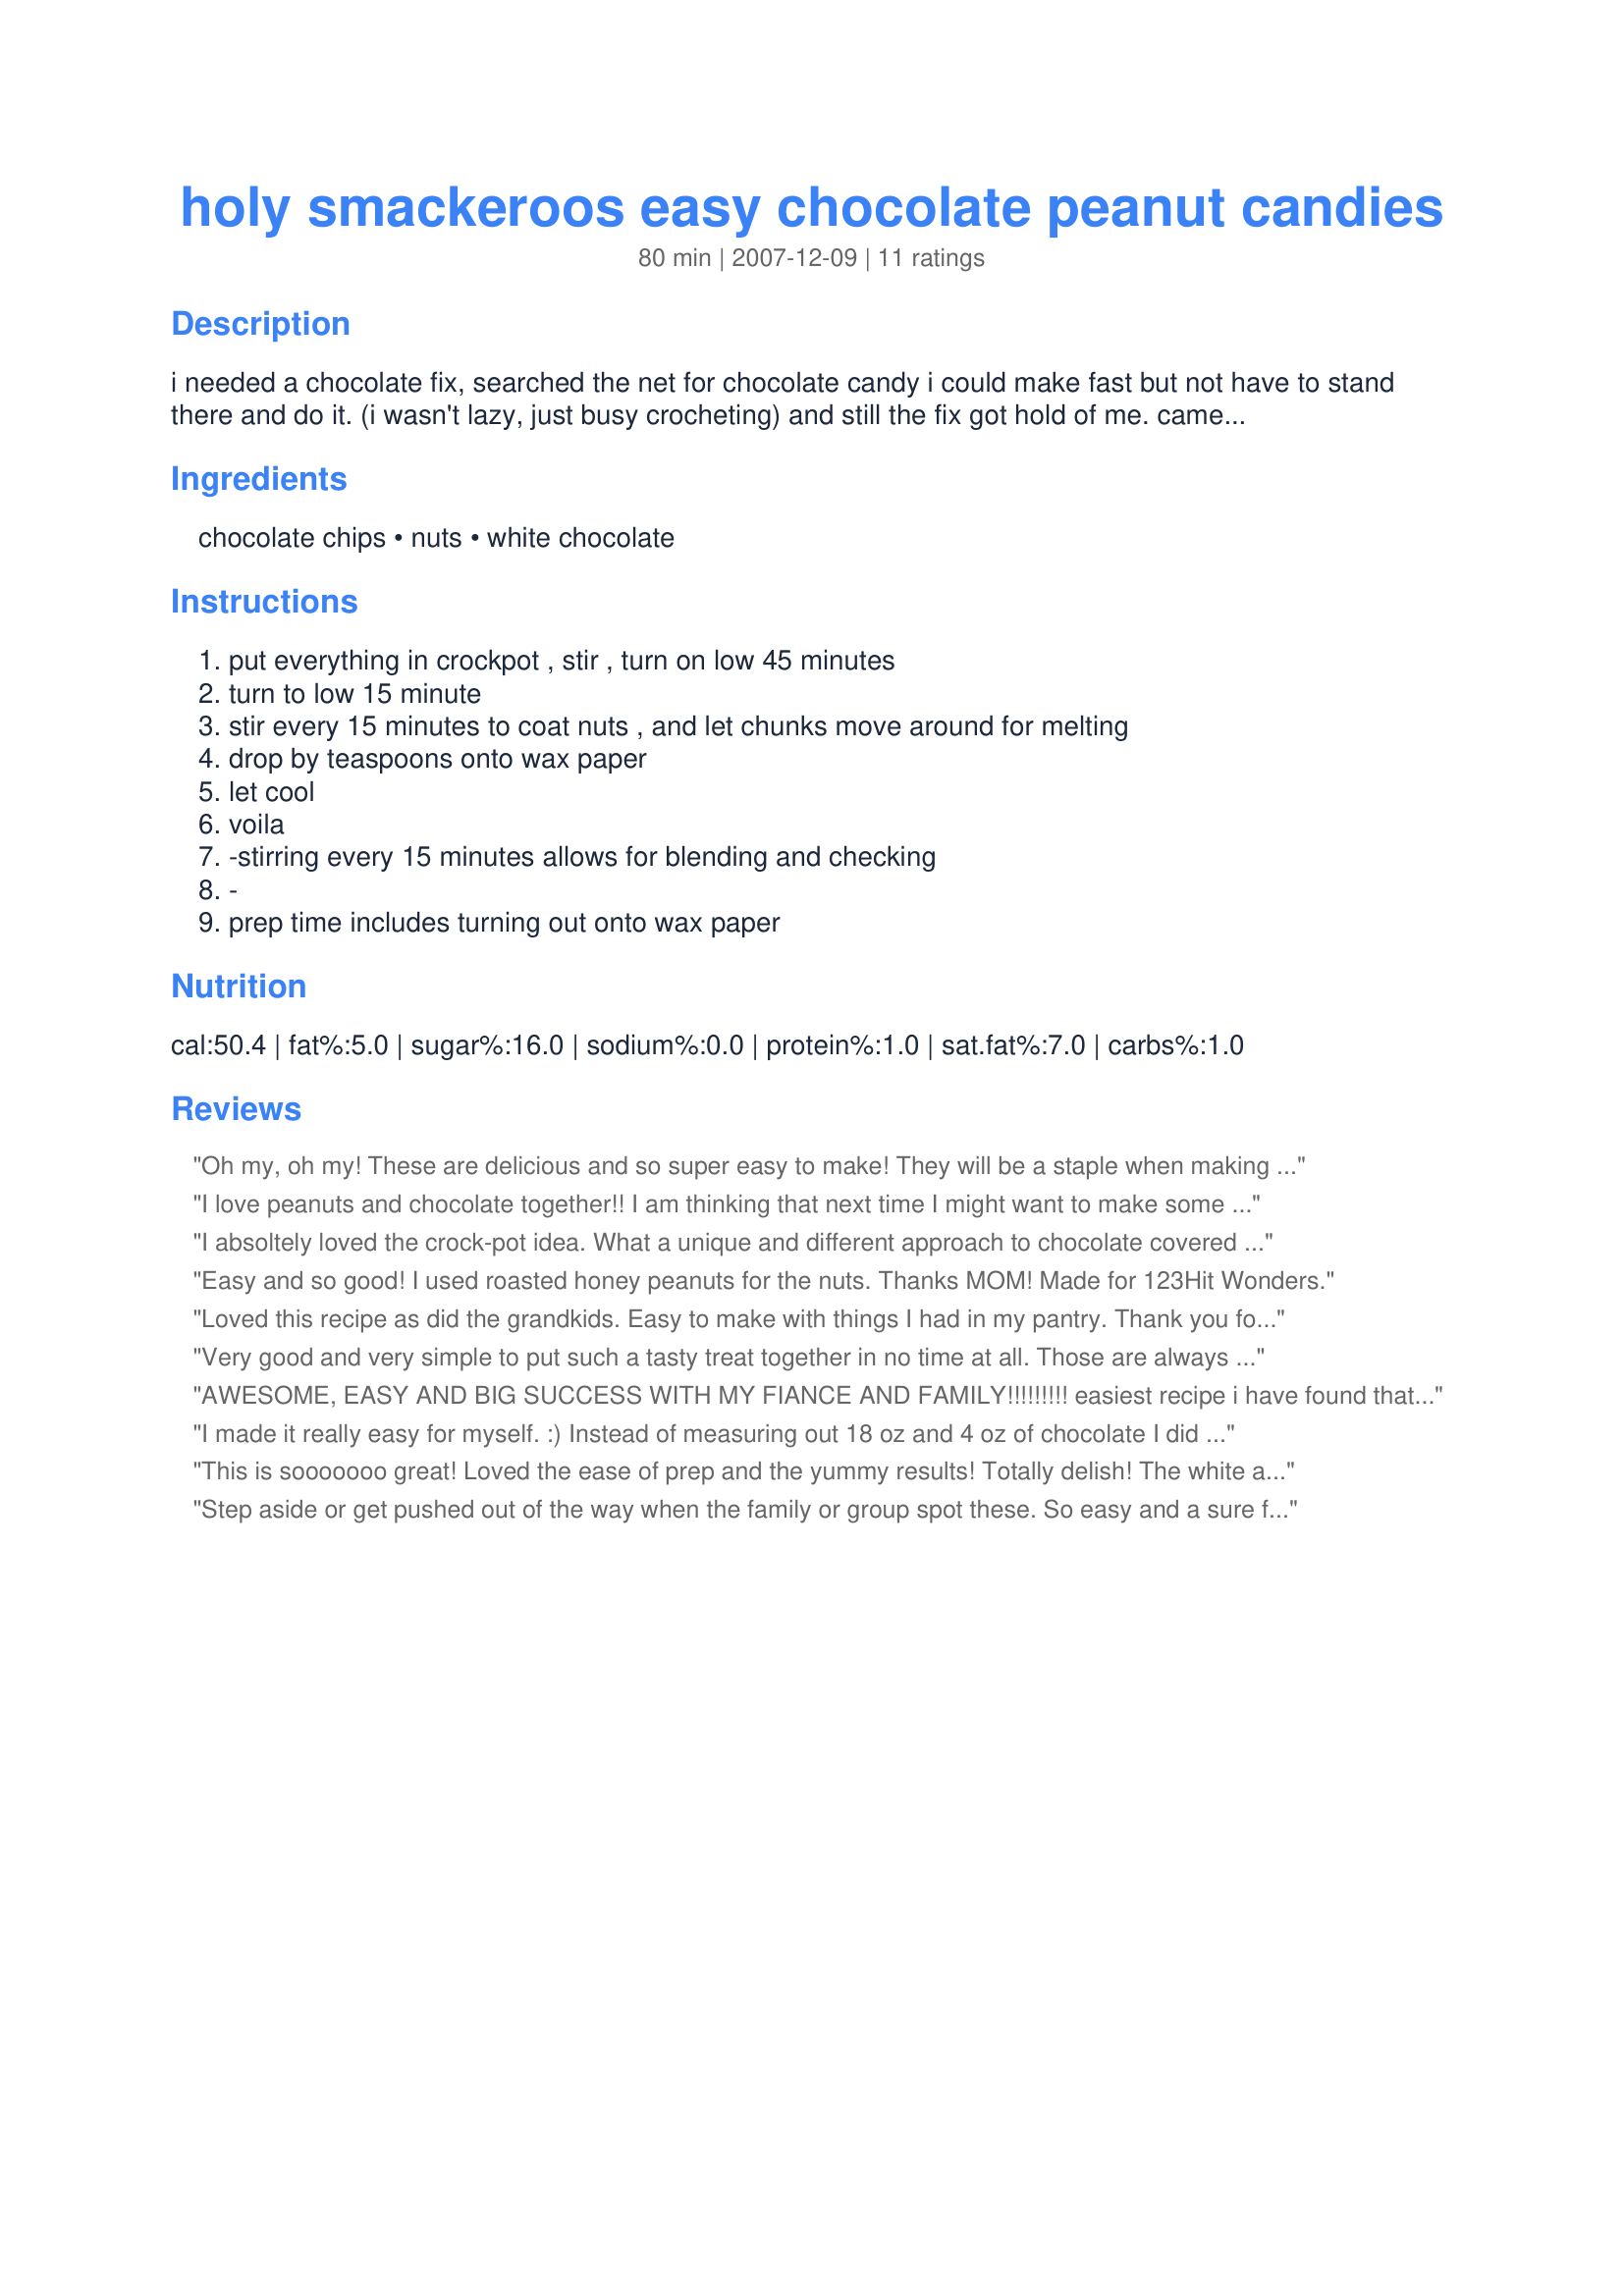
holy smackeroos easy chocolate peanut candies
Preparation time: 80 minutes

i needed a chocolate fix, searched the net for chocolate candy i could make fast but not have to stand there and do it. (i wasn't lazy, just busy crocheting) and still the fix got hold of me. came up with this recipe from several i read and what was in my cupoard)
so thank you zaarites and www for giving me some clues and assistance.
note- dh had 1 then 10 then took them to hunting camp. they were the winning hand candy as he did not want to part. when someone won the hand they got a chocolate. lol the guys called and said i need to double this batch for next camp trip! pinnochle and chocolate lol

Ingredients:
chocolate chips, nuts, white chocolate

Steps:
put everything in crockpot , stir , turn on low 45 minutes, turn to low 15 minute, stir every 15 minutes to coat nuts , and let chunks move around for melting, drop by teaspoons onto wax paper, let cool, voila, -stirring every 15 minutes allows for blending and checking, -, prep time includes turning out onto wax paper

Reviews:
Oh my, oh my! These are delicious and so super easy to make! They will be a staple when making chocolates for holidays, parties and gifts to give at any time of the year! Thank you Chef1Mom for a super terrific recipe! Made for Bev Tag Feb08
I love peanuts and chocolate together!! I am thinking that next time I might want to make some softened caramel, add some peanuts to make a cluster, then dip them into the chocolate, yum!!! Thanks so much for sharing the recipe. My white chocolate chips didn't want to melt and I think it got too hot and then seized up the chocolate in the end. I added some oil and it smoothed it out enough to keep and eat them without a problem. Thanks so much for sharing the recipe. Made for "I Recommend Tag Game".
I absoltely loved the crock-pot idea. What a unique and different approach to chocolate covered peanuts. I used milk chocolate chips and also the chocolate/caramel combo chips. Turned out fantastic. thanks for the idea Chef1mom~
Easy and so good! I used roasted honey peanuts for the nuts. Thanks MOM! Made for 123Hit Wonders.
Loved this recipe as did the grandkids. Easy to make with things I had in my pantry. Thank you for a great recipe Chef1Mom!
Very good and very simple to put such a tasty treat together in no time at all. Those are always the best kind of things to make. Thanks for posting. Made for 123 wonders game
AWESOME, EASY AND BIG SUCCESS WITH MY FIANCE AND FAMILY!!!!!!!!! easiest recipe i have found that turned out as a great as the description said it was....
I made it really easy for myself. :) Instead of measuring out 18 oz and 4 oz of chocolate I did 12 oz semi sweet chocolate chips and 12 oz white chocolate chips. It was perfect! I did 2 cups of roasted nuts as well. Unfortunately for my hips - this is where it's apparently going! lol Very yummy and very easy to make! Made for the March 2010 Aussie/NZ recipe swap.
This is sooooooo great! Loved the ease of prep and the yummy results! Totally delish! <br/>The white and brown chocolate go great together and melt in your mouth. The roasted nuts are an unexptected crunch and make this special. I can see this being a great gift during holiday season or anytime really.<br/>I scaled down to make 10 clusters and added about 2 tbs more nuts to get thicker clusters, but somehow ended up with only 7. Ah well, I might have made them bigger than you. No worries, next time, Ill make more for sure.<br/>THANK YOU SO MUCH for sharing a real winner with us, Connie!
Step aside or get pushed out of the way when the family or group spot these. So easy and a sure fire winner. I used 60% dark chocolate, very rough chopped salted cashews (no peanuts on hand) and Lindt white chocolate. They looked amazing too, I added the nuts to the chocolate first to get them all covered and then added the white chocolate and mixed just enough to get marbled nut candies. This simple recipe is an all time keeper.
Love it, love it, love it! This was such a low-maintenance way to make chocolate-covered peanuts-pour it in, stir it every 15 minutes, plop it onto waxed paper to cool. Awesome! I used the combination of 1 bag of milk chocolate chips with half a bag of semi-sweet chocolate chips and a quarter bag of white chocolate chips. The end result chocolate flavor could not have been more perfect and I would make it exactly like that again next time. These got raving reviews from all who tried them and we&#039;ll definitely be making them again. Thank you!
